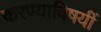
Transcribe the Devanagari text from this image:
करण्याविषयीं